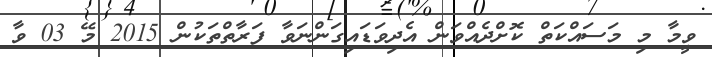
ވީމާ މި މަސައްކަތް ކޮށްދެއްވަން އެދިވަޑައިގަންނަވާ ފަރާތްތަކުން 2015 މޭ 03 ވާ